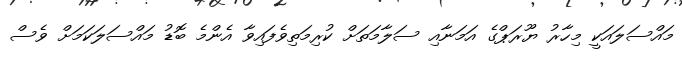
މައްސަލައަކީ މިހާރު ޔޫރަޕްގެ އަމަނާއި ސަލާމަތަށް ކުރިމަތިވެފައިވާ އެންމެ ބޮޑު މައްސަލަކަމަށް ވެސް